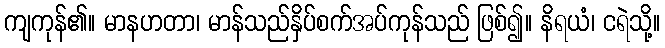
ကျကုန်၏။ မာနဟတာ၊ မာန်သည်နှိပ်စက်အပ်ကုန်သည် ဖြစ်၍။ နိရယံ၊ ငရဲသို့။